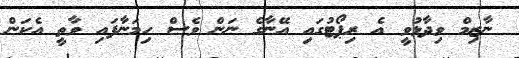
ނާޒިމް ވިދާޅުވީ އެ ރިޕޯޓުގައި އޭނާގެ ނަން ވެސް ހިމަނާފައި ވާތީ އެކަން